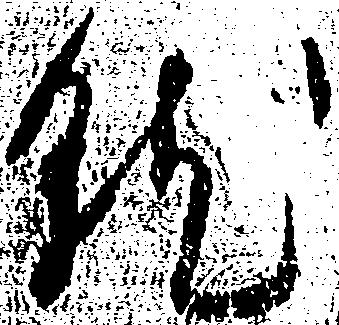
然